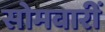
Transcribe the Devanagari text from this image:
सोमवारीं